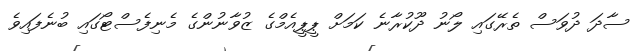
ސާދަ ދުވަސް ތެރޭގައި ލޯނު ދޫކުރާނެ ކަމަށް ޕީޕީއެމްގެ ޒުވާނުންގެ މެނިފެސްޓޯގައި ބުނެފައިވެ